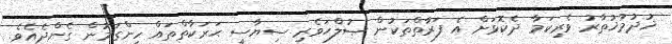
ޚުދުމުޚުތާރު ވެރިކަމާ ދެކޮޅަށް އެ ފަރާތްތަކުން ޞުލްޙަވެރި ސިޔާސީ ޙަރަކާތްތައް ހިންގަމުން ގެންދެއެވެ.